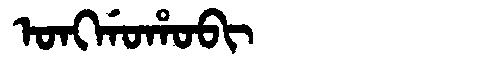
Manchu: ᠣᠩᡤᠣᡥᠣᠪᡳ
Romanization: ONGGOHOBI